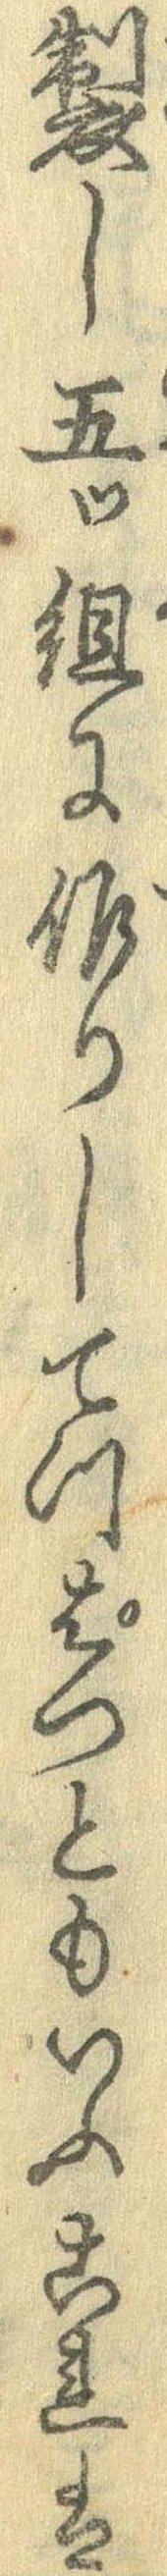
製し五つ組に作りしてつぱつともいふこれは